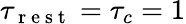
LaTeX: \tau_{\mathrm{~r~e~s~t~}}=\tau_{c}=1